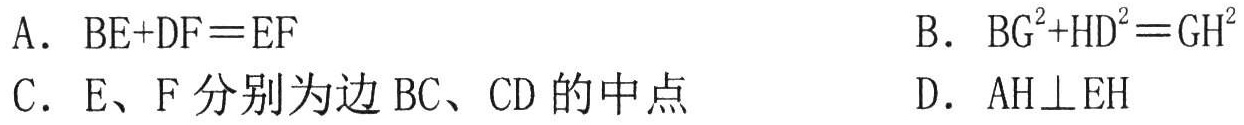
A. \( \text{BE+DF = EF}\)  B. \( \text{BG}^{2}+\text{HD}^{2}=\text{GH}^{2}\)
C. \(\text{E、F}\)分别为边\(\text{BC、CD}\)的中点  D. \(\text{AH}\perp\text{EH}\)